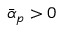
\bar { \alpha } _ { p } > 0